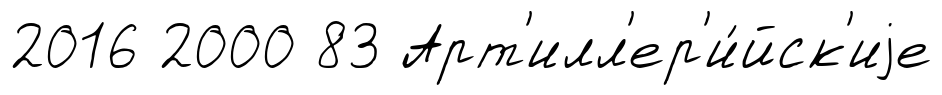
2016 2000 83 Арт'илл'ер'и́йск'иjе